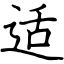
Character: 适